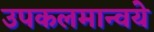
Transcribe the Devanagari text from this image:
उपकलमान्वये